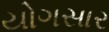
યોગસાર